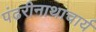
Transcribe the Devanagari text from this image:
पंढरीनाथाचार्य